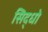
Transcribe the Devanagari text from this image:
सिद्धो